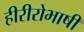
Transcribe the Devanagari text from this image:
हीरीरोभाषी